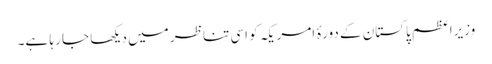
وزیراعظم پاکستان کے دورۂ امریکہ کو اسی تناظر میں دیکھا جا رہا ہے۔